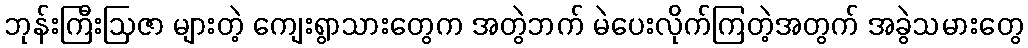
ဘုန်းကြီးဩဇာ များတဲ့ ကျေးရွာသားတွေက အတွဲဘက် မဲပေးလိုက်ကြတဲ့အတွက် အခွဲသမားတွေ